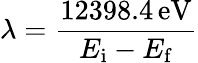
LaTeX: \lambda={\frac{12398.4\, {\mathrm{eV}}}{E_{\mathrm{i}}-E_{\mathrm{f}}}}